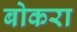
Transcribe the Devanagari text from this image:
बोकरा